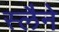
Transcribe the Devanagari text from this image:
स्लैने